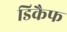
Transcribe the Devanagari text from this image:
डिकैफ